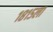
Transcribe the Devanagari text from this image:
१८१५ला